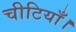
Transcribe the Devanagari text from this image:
चीटियाँ।